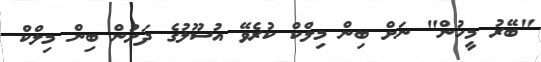
"ބޭރު މީހުން" ނަށް ބިން މިލްކް ކުރެވޭ އުސޫލުގެ ދަށުން ބިން މިލްކް